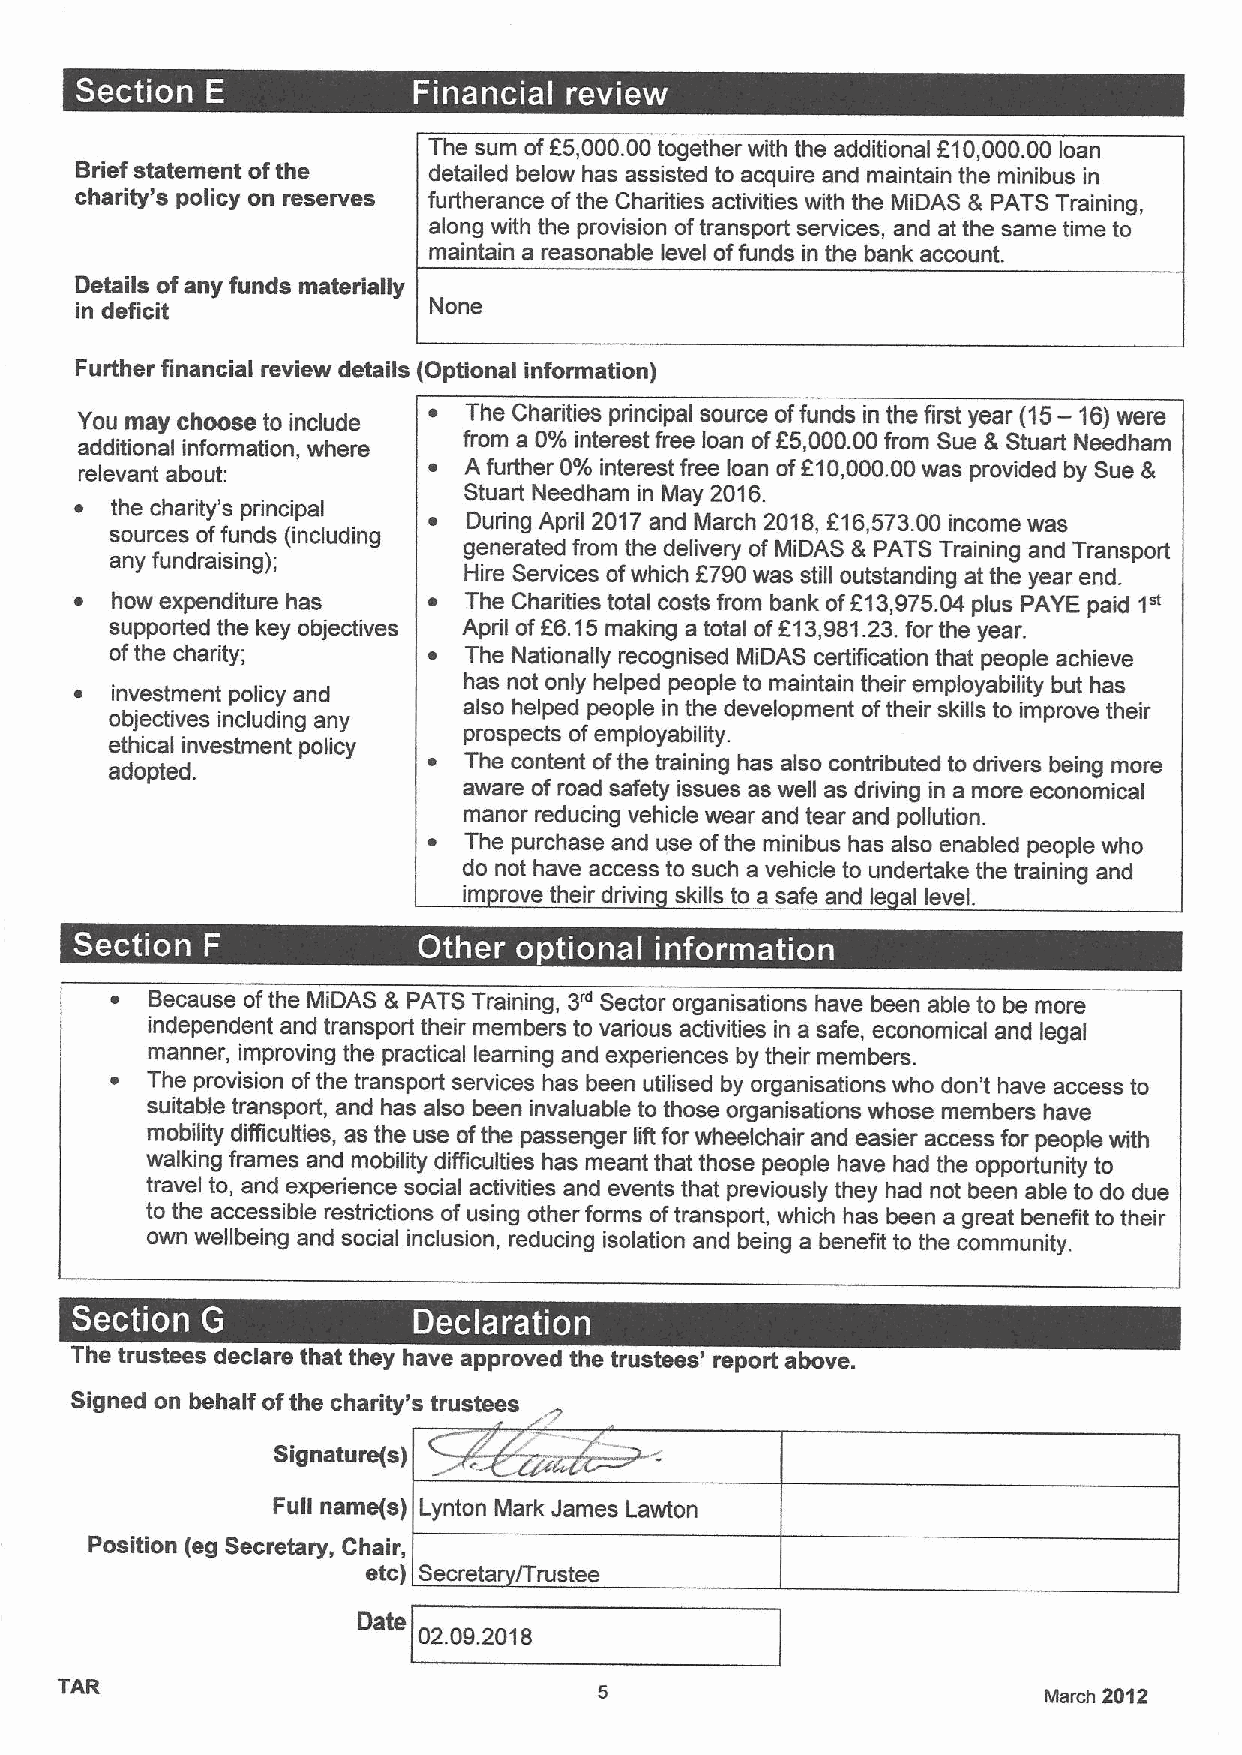
The sum ofF5,000.00together with the additional F10,000.00 loan
 Brief statement ofthe  detailed below has assisted to acquire and maintain the minibus in
 charity's policy on reserves furtherance ofthe Charities activities with the MiDAS 8 PATS Training,
 along with the provision oftransport services, and at the same time to
 maintain a reasonable level offunds in the bank account.
 Details ofany funds materially
 in deficit             None
 Further financial review details (Optional information)
 You may choose to include ~ The Charities principal source offunds in the first year (15- 16)were
 additional information, where from a 0%interest free loan ofL5,000.00from Sue &Stuart Needham
 relevant about:        ~  A further 0%interest free loan of610,000.00was provided by Sue 8
 Stuart Needham in May 2016.
 ~ the charity's principal
 ~  During April 2017and March 2018,816,573.00 income was
 sources offunds (including
 generated from the delivery of MiDAS &PATS Training and Transport
 any fundraising);
 Hire Services ofwhich 6790was still outstanding at the year end.
 1"
 ~ how expenditure has  ~  The Charities total costs from bank of213,975.04 plus PAYE paid
 supported the key objectives April ofE6.15making a total ofF13,961.23.for the year.
 ofthe charity;       ~  The Nationally recognised MiDAS certification that people achieve
 has not only helped people to maintain their employability but has
 ~ investment policy and
 also helped people in the development oftheir skills to improve their
 objectives including any
 prospects ofemployability.
 ethical investment policy
 adopted.             ~  The content ofthe training has also contributed to drivers being more
 aware ofroad safety issues as well as driving in a more economical
 manor reducing vehicle wear and tear and pollution.
 ~  The purchase and use ofthe minibus has also enabled people who
 do not have access to such a vehicle to undertake the training and
 im rove their drivin skills to a safe and le al level.
 -
 ~
 ~ ~ ~       ~      ~
 3"
 ~  Because ofthe MiDAS &PATS Training, Sector organisations have been able to be more
 independent and transport their members to various activities in a safe, economical and legal
 manner, improving the practical learning and experiences by their members.
 ~  The provision ofthe transport services has been utilised by organisations who don't have access to
 suitable transport, and has also been invaluable to those organisations whose members have
 mobility difficulties, as the use ofthe passenger lilt for wheelchair and easier access for people with
 walking frames and mobility difficulties has meant that those people have had the opportunity to
 travel to, and experience social activities and events that previously they had not been able to do due
 to the accessible restrictions ofusing other forms oftransport, which has been a great benefit to their
 own wellbeing and social inclusion, reducing isolation and being a benefit to the community.
 .
 ~
 ~
 The trustees declare that they have approved the trustees' report above.
 Signed on behalf ofthe charity's trustees
 Signature(s)
 Full name(s) Lynton Mark James Lawton
 Position (eg Secretary, Chair,
 etc) Secreta /Trustee
 02.09.2018
 TAR
 March 2012